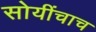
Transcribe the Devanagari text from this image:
सोयींचाच